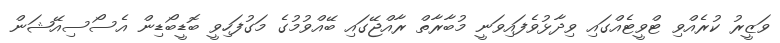
ވަޒީރު ކުރެއްވި ޓްވީޓެއްގައި ވިދާޅުވެފައިވަނީ މުބާރާތް ރާއްޖޭގައި ބޭއްވުމުގެ މަގުފަހިވީ ބޮޑީބޯޑިން އެސޯސިއޭޝަން